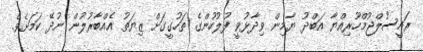
ރައީސުލްޖުމްހޫރިއްޔާ އަބްދު ޔާމިން ވިދާޅުވީ ފުލުހުންގެ ތަހުގީގަށް ޒިޔަތު އެއްބާރުލުން ނުދޭ ކަަމަށެވެ.